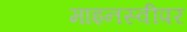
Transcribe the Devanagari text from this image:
माइनस्वीपर